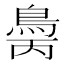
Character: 𲍝